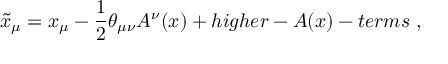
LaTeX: \tilde { x } _ { \mu } = x _ { \mu } - \frac { 1 } { 2 } \theta _ { \mu \nu } A ^ { \nu } ( x ) + h i g h e r - A ( x ) - t e r m s ~ ,